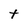
Character: t